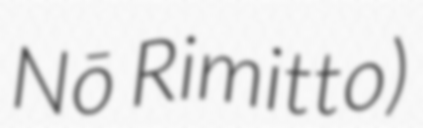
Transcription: Nō Rimitto)